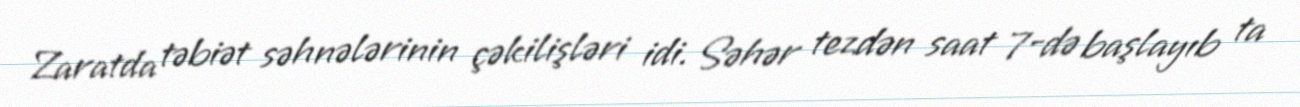
Zaratda təbiət səhnələrinin çəkilişləri idi. Səhər tezdən saat 7-də başlayıb ta